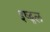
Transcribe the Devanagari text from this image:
इष्ट्फल